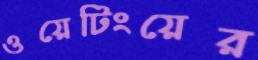
ওয়েটিংয়ের